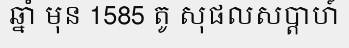
ឆ្នាំ មុន 1585 តូ សុផលសប្តាហ៍